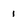
Character: 1